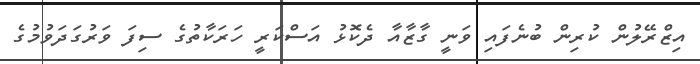
އިޒްރޭލުން ކުރިން ބުނެފައި ވަނީ ގާޒާއާ ދެކޮޅު އަސްކަރީ ހަރަކާތުގެ ސިފަ ވަރުގަދަވުމުގެ